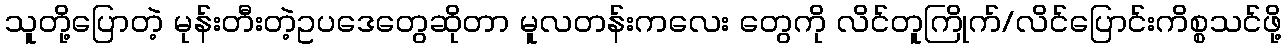
သူတို့ပြောတဲ့ မုန်းတီးတဲ့ဥပဒေတွေဆိုတာ မူလတန်းကလေး တွေကို လိင်တူကြိုက်/လိင်ပြောင်းကိစ္စသင်ဖို့